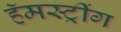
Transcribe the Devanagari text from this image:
हॅमस्ट्रींग